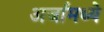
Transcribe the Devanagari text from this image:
अर्जामध्ये